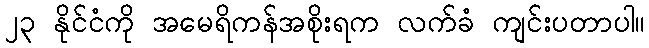
၂၃ နိုင်ငံကို အမေရိကန်အစိုးရက လက်ခံ ကျင်းပတာပါ။